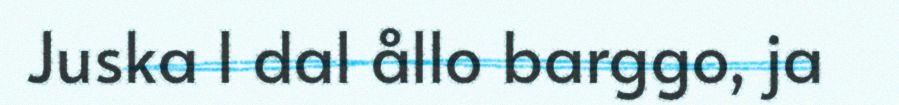
Juska l dal ållo barggo, ja